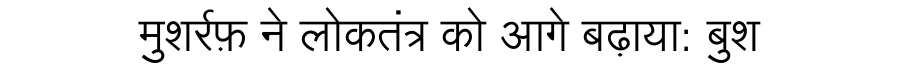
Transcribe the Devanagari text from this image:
मुशर्रफ़ ने लोकतंत्र को आगे बढ़ाया: बुश